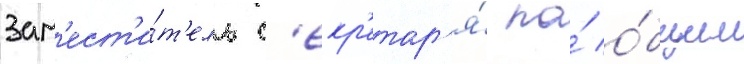
Зам'ест'и́т'ель с'екр'етар'я́ по́ о́бщим